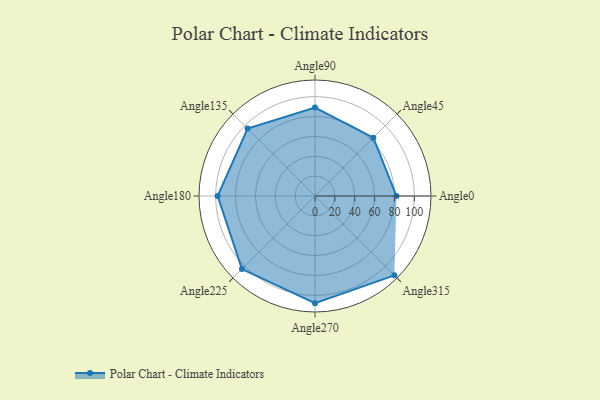
{"axis": {"x": "Angle", "y": "Radius"}, "legend": [""], "data": [{"x": "Angle0", "y": 82.0, "type": ""}, {"x": "Angle45", "y": 83.0, "type": ""}, {"x": "Angle90", "y": 89.0, "type": ""}, {"x": "Angle135", "y": 96.0, "type": ""}, {"x": "Angle180", "y": 98.0, "type": ""}, {"x": "Angle225", "y": 104.0, "type": ""}, {"x": "Angle270", "y": 108.0, "type": ""}, {"x": "Angle315", "y": 113.0, "type": ""}]}